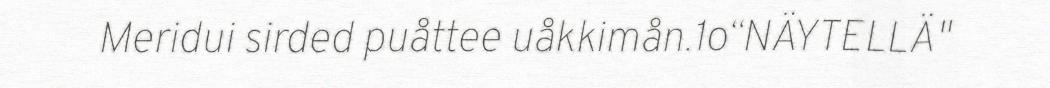
Meridui sirded puåttee uåkkimån.1o“NÄYTELLÄ"